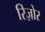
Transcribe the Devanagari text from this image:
रिज़ोर